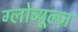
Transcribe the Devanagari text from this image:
ग्लोब्यूल्ज़